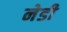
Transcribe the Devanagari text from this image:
नेडी